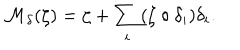
{ \mathcal M } _ { \delta } ( \zeta ) = \zeta + \sum _ { i } ( \zeta \circ \delta _ { i } ) \delta _ { i } .